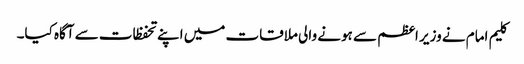
کلیم امام نے وزیر اعظم سے ہونے والی ملاقات میں اپنے تحفظات سے آگاہ کیا۔